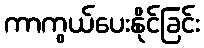
ကာကွယ်ပေးနိုင်ခြင်း